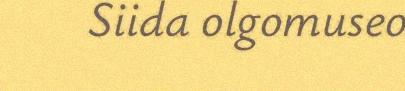
Siida olgomuseo